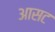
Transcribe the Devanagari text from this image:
आसट